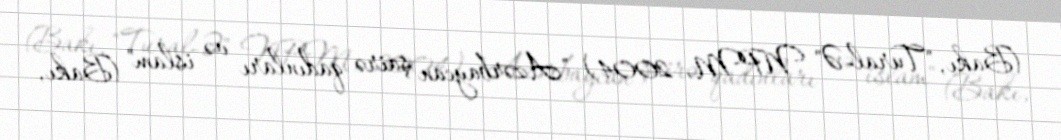
(Bakı, "Tural-Ə" NPM, 2004) "Azərbaycan şairə qadınları və islam" (Bakı,